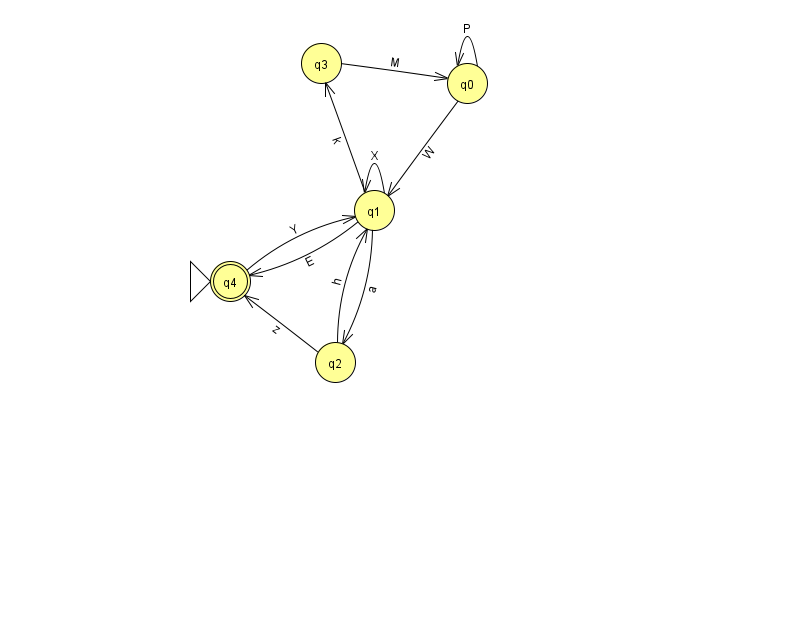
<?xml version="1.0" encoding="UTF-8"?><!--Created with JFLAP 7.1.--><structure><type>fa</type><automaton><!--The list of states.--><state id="0" name="q0"><x>467.0</x><y>70.0</y></state><state id="1" name="q1"><x>374.0</x><y>197.0</y></state><state id="2" name="q2"><x>335.0</x><y>349.0</y></state><state id="3" name="q3"><x>321.0</x><y>50.0</y></state><state id="4" name="q4"><x>230.0</x><y>268.0</y><initial/><final/></state><!--The list of transitions.--><transition><from>0</from><to>0</to><read>P</read></transition><transition><from>2</from><to>1</to><read>h</read></transition><transition><from>4</from><to>1</to><read>Y</read></transition><transition><from>1</from><to>3</to><read>k</read></transition><transition><from>1</from><to>1</to><read>X</read></transition><transition><from>1</from><to>2</to><read>a</read></transition><transition><from>1</from><to>4</to><read>E</read></transition><transition><from>3</from><to>0</to><read>M</read></transition><transition><from>2</from><to>4</to><read>z</read></transition><transition><from>0</from><to>1</to><read>W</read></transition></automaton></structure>